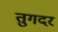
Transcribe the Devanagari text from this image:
तुगदर